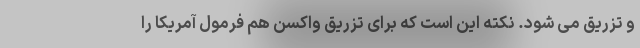
و تزریق می شود. نکته این است که برای تزریق واکسن هم فرمول آمریکا را